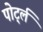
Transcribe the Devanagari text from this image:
पोर्ट्ल